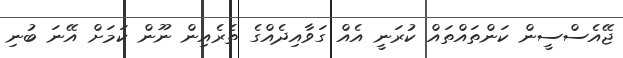
ޖޭއެސްސީން ކަންތައްތައް ކުރަނީ އެއް ގަވާއިދެއްގެ ތެރެއިން ނޫން ކަމަށް އޭނަ ބުނި